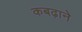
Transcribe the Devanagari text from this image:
कबढ़ाने